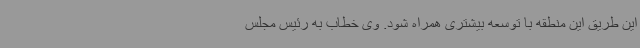
این طریق این منطقه با توسعه بیشتری همراه شود. وی خطاب به رئیس مجلس